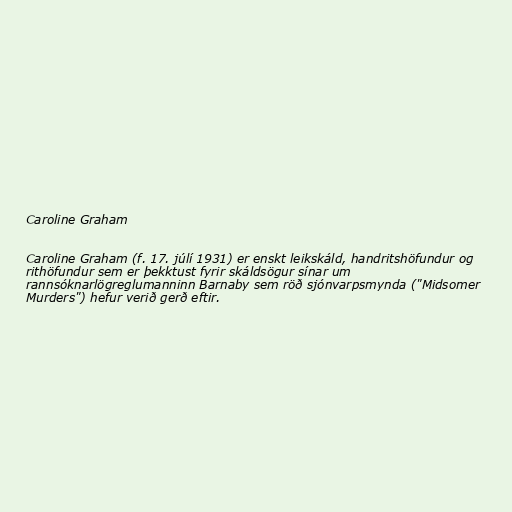
Caroline Graham

Caroline Graham (f. 17. júlí 1931) er enskt leikskáld, handritshöfundur og
rithöfundur sem er þekktust fyrir skáldsögur sínar um
rannsóknarlögreglumanninn Barnaby sem röð sjónvarpsmynda ("Midsomer
Murders") hefur verið gerð eftir.